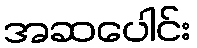
အဆပေါင်း